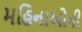
મહિનાઓની